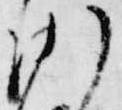
沙